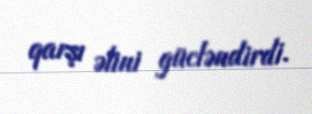
qarşı əlini gücləndirdi.